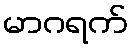
မာဂရက်